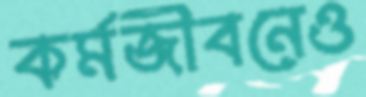
কর্মজীবনেও